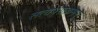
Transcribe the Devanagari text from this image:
सत्यपराक्रमम्